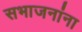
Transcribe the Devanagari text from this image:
सभाजनांना